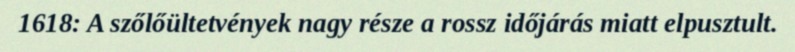
1618: A szőlőültetvények nagy része a rossz időjárás miatt elpusztult.